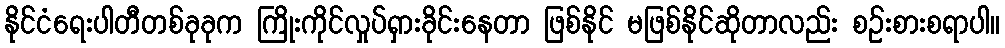
နိုင်ငံရေးပါတီတစ်ခုခုက ကြိုးကိုင်လှုပ်ရှားခိုင်းနေတာ ဖြစ်နိုင် မဖြစ်နိုင်ဆိုတာလည်း စဉ်းစားစရာပါ။